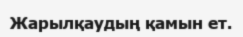
Жарылқаудың қамын ет.